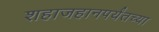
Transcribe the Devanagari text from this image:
शहाजहानपर्यंतच्या